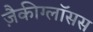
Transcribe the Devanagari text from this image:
ज़ैकीग्लॉसस